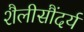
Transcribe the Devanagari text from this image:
शैलीसौंदर्य